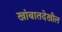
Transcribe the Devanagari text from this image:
खांबातदेखील